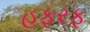
હફરફ